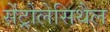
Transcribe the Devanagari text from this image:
सेंट्रोलेसिथैल